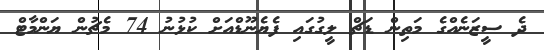
ދެ ސީޒަނެއްގެ މަތިން ޑަޗް ލީގުގައި ފެޔެނޫޑްއަށް ކުޅުނު 74 މެޗުން ޔަންމާޓް